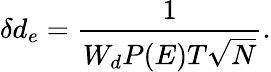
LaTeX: \delta d_{e}=\frac{1}{W_{d}P(E)T\sqrt{N}}.